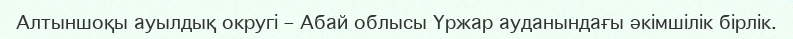
Алтыншоқы ауылдық округі – Абай облысы Үржар ауданындағы әкімшілік бірлік.